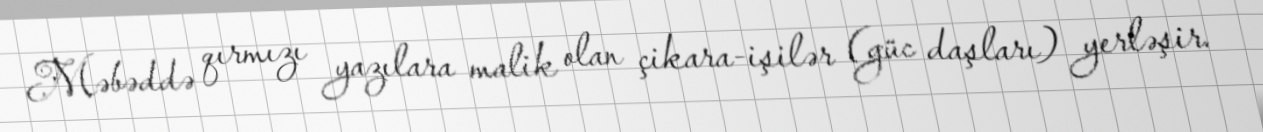
Məbəddə qırmızı yazılara malik olan çikara-işilər (güc daşları) yerləşir.